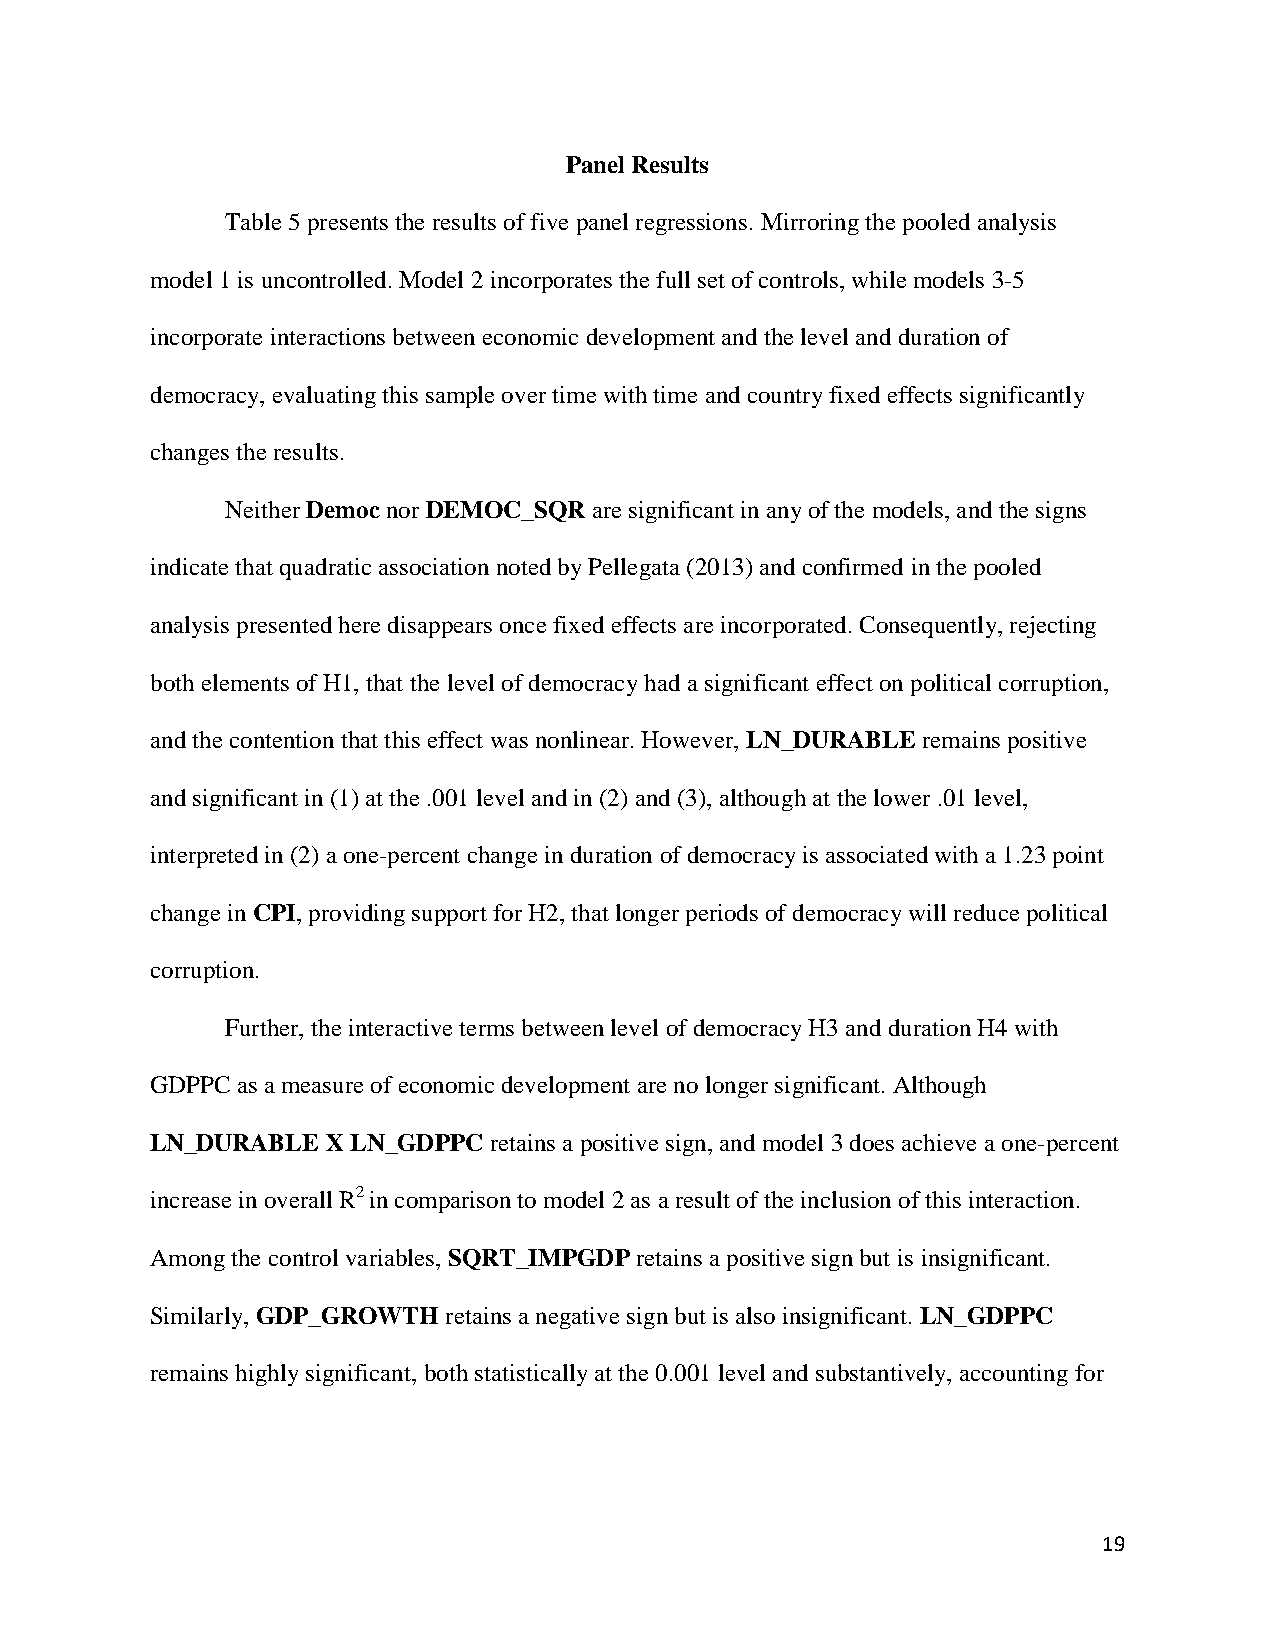
Panel Results
 Table 5 presents the results of five panel regressions. Mirroring the pooled analysis
 model 1 is uncontrolled. Model 2 incorporates the full set of controls, while models 3-5
 incorporate interactions between economic development and the level and duration of
 democracy, evaluating this sample over time with time and country fixed effects significantly
 changes the results.
 Neither Democ nor DEMOC_SQR are significant in any of the models, and the signs
 indicate that quadratic association noted by Pellegata (2013) and confirmed in the pooled
 analysis presented here disappears once fixed effects are incorporated. Consequently, rejecting
 both elements of H1, that the level of democracy had a significant effect on political corruption,
 and the contention that this effect was nonlinear. However, LN_DURABLE remains positive
 and significant in (1) at the .001 level and in (2) and (3), although at the lower .01 level,
 interpreted in (2) a one-percent change in duration of democracy is associated with a 1.23 point
 change in CPI, providing support for H2, that longer periods of democracy will reduce political
 corruption.
 Further, the interactive terms between level of democracy H3 and duration H4 with
 GDPPC as a measure of economic development are no longer significant. Although
 LN_DURABLE  X LN_GDPPC retains a positive sign, and model 3 does achieve a one-percent
 increase in overall R2 in comparison to model 2 as a result of the inclusion of this interaction.
 Among the control variables, SQRT_IMPGDP retains a positive sign but is insignificant.
 Similarly, GDP_GROWTH retains a negative sign but is also insignificant. LN_GDPPC
 remains highly significant, both statistically at the 0.001 level and substantively, accounting for
 19